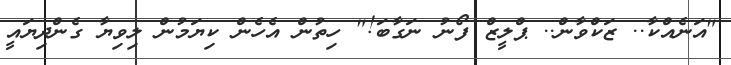
"އަނެއްކާ.. ޒަކްވާން.. ޕްލީޒް ފޯނު ނަގާބަ!" ހިތުން އެހެން ކިޔަމުން ލިވިޔާ ގެންދިޔައީ